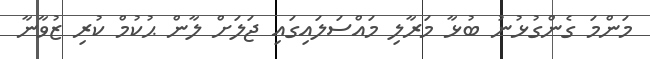
މަންމަ ގެންގުޅުނު ބުޅާ މަރާލި މައްސަލައިގައި ޖަލަށް ލާން ޙުކުމް ކުރި ޒުވާނާ